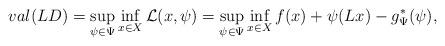
LaTeX: \begin{align*}val (LD) = \sup_{\psi\in\Psi}\inf_{x\in X} \mathcal{L} (x,\psi) = \sup_{\psi\in\Psi}\inf_{x\in X} f(x) + \psi(Lx) -g^*_\Psi (\psi), \end{align*}